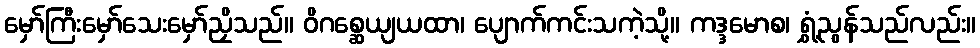
မှော်ကြီးမှော်သေးမှော်ညှိသည်။ ဝိဂစ္ဆေယျယထာ၊ ပျောက်ကင်းသကဲ့သို့။ ကဒ္ဒမောစ၊ ရွှံ့ညွန်သည်လည်း။